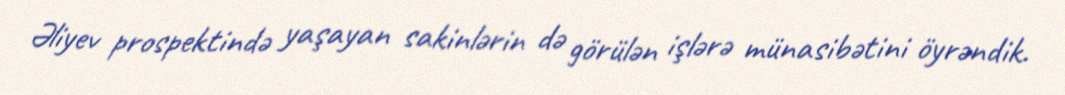
Əliyev prospektində yaşayan sakinlərin də görülən işlərə münasibətini öyrəndik.